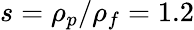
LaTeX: s=\rho_{p}/\rho_{f}=1.2